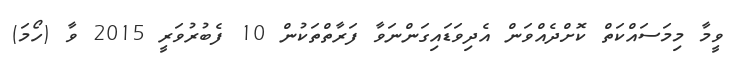
ވީމާ މިމަސައްކަތް ކޮށްދެއްވަން އެދިވަޑައިގަންނަވާ ފަރާތްތަކުން 10 ފެބުރުވަރީ 2015 ވާ (ހޯމަ)